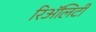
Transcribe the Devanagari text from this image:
रिअॅलिटी